Annual administration report of the Civil Veterinary Department of India - 1895-1896
Year: 1895
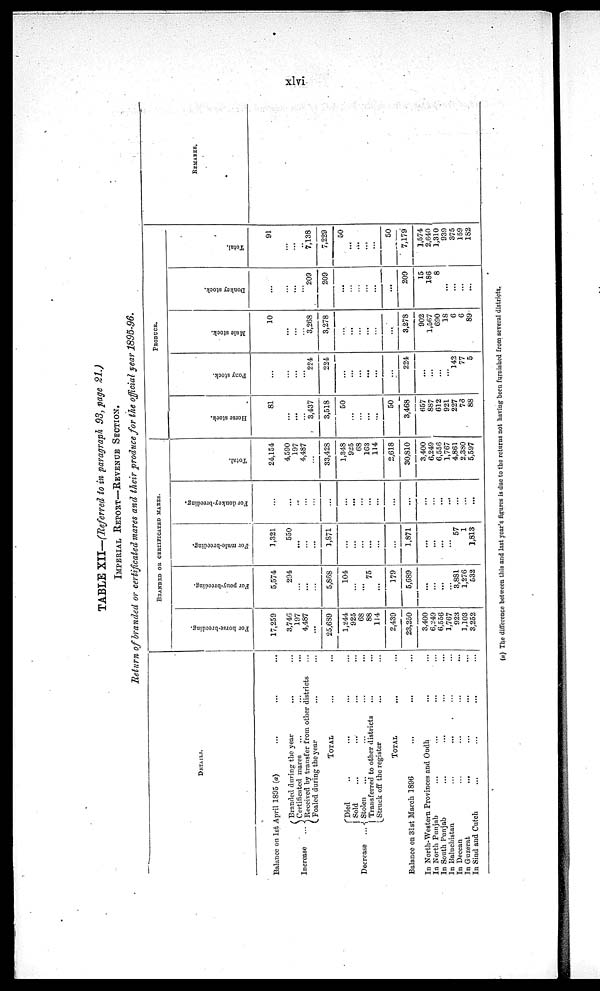
xlvi
TABLE XII—(Referred to in paragraph 93, page 21.)
IMPERIAL
REPORT—REVENUE
SECTION..
Return of branded or certificated mares and their produce for the official year 1895-96.
DETAILS.
Balance on 1st April 1895 (a) ... ... ... ...
Increase ...
Decrease
...
Branded during the year ... ...
Certificated mares ... ... ...
Received by transfer from other districts ...
Foaled during the year ... ...
TOTAL ... ...
Died ... ... ... ...
Sold ... ... ... ...
Stolen ... ... ... ...
Transferred to other districts ... ...
Struck off the register ... ...
TOTAL
Balance on 31st March 1896 ... ... ... ...
In North-Western Provinces and Oudh ... ...
In North Punjab ... ... ... ...
In South Punjab ... ... ... ...
In Baluchistan ... ... ... ...
In Deccan ... ... ... ... ...
In Guzerat ... ... ... ...
In Sind and Cutch ... ... ... ...
BRANDED OR CERTIFICATED MAKES.
For horse-breeding.
17,259
3,746
197
4,487
...
25,689
1,244
925
68
88
114
2,439
23,250
3,400
6,249
6,556
1,767
923
1,103
3,252
For pony-breeding.
5,574
294
...
...
5,868
104
...
...
75
...
179
5,689
...
...
...
...
3,881
1,276
532
For mule-breeding.
1,321
550
...
...
1,871
...
...
...
...
...
...
1,871
...
...
...
...
57
1
1,813
For donkey-breeding.
...
...
...
...
...
...
...
...
...
...
...
...
...
...
...
...
...
...
Total.
24,154
4,590
197
4,487
33,428
1,348
925
68
163
114
2,618
30,810
3,400
6,249
6,556
1,767
4,861
2,380
5,597
PRODUCE.
Horse stock.
81
...
...
3,437
3,518
50
...
...
...
...
50
3,468
657
887
612
921
227
76
88
Pony stock.
...
...
224
224
...
...
...
...
...
...
224
...
...
...
...
142
77
5
Mule stock.
10
...
...
3,268
3,278
...
...
...
...
...
...
3,278
902
1,567
690
18
6
6
89
Donkey stock.
...
...
209
209
...
...
...
...
...
...
209
15
186
8
...
...
...
Total.
91
...
...
7,138
7,229
50
...
...
50
7,179
1,574
2,640
1,310
939
375
159
182
REMARKS.
(a) The difference between this and last year's figures is duo to the returns not having been furnished from several districts.